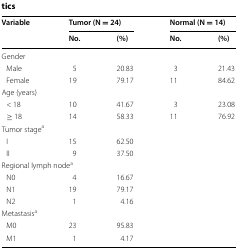
| <ROWSPAN=2> Variable | <COLSPAN=2> Tumor (N = 24) | <COLSPAN=2> Normal (N = 14) |
 | No. | (%) | No. | (%) |
 | --- | --- | --- | --- | --- |
 | <COLSPAN=5> Gender |
 | Male | 5 | 20.83 | 3 | 21.43 |
 | Female | 19 | 79.17 | 11 | 84.62 |
 | <COLSPAN=5> Age (years) |
 | < 18 | 10 | 41.67 | 3 | 23.08 |
 | ≥ 18 | 14 | 58.33 | 11 | 76.92 |
 | <COLSPAN=5> Tumor stagea |
 | I | 15 | 62.50 |  |  |
 | II | 9 | 37.50 |  |  |
 | <COLSPAN=5> Regional lymph nodea |
 | N0 | 4 | 16.67 |  |  |
 | N1 | 19 | 79.17 |  |  |
 | N2 | 1 | 4.16 |  |  |
 | <COLSPAN=5> Metastasisa |
 | M0 | 23 | 95.83 |  |  |
 | M1 | 1 | 4.17 |  |  |